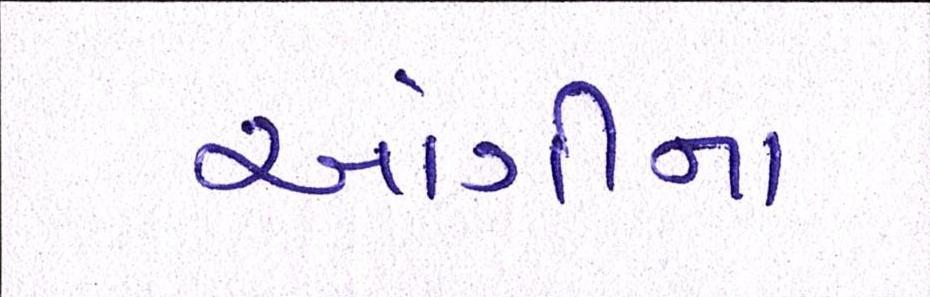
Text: આંગીના